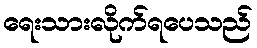
ရေးသားလိုက်ရပေသည်